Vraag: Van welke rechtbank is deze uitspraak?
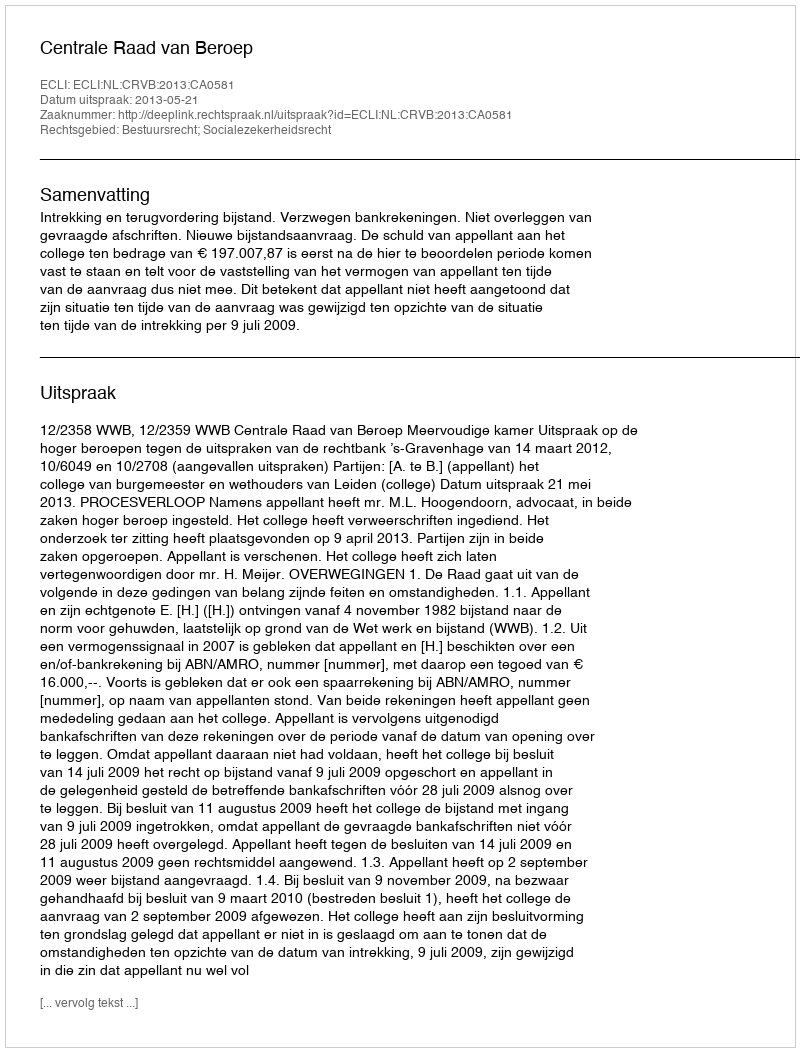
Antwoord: Centrale Raad van Beroep